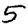
Digit: 5